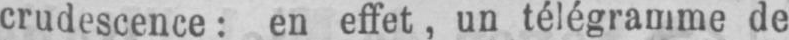
crudescence: en effet, un télégramme de